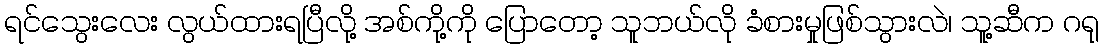
ရင်သွေးလေး လွယ်ထားရပြီလို့ အစ်ကို့ကို ပြောတော့ သူဘယ်လို ခံစားမှုဖြစ်သွားလဲ၊ သူ့ဆီက ဂရု